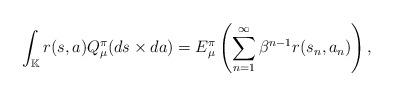
LaTeX: \begin{align*}\int_\mathbb{K} r(s,a)Q_\mu^\pi(ds\times da)= E_{\mu}^\pi\left(\sum_{n=1}^\infty\beta^{n-1}r(s_n,a_n)\right),\end{align*}